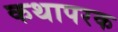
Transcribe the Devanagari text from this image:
कथापरक